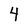
Character: 4